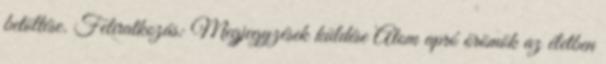
betöltése. Feliratkozás: Megjegyzések küldése Atom apró örömök az életben